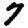
Digit: 7